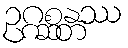
ဥဂ္ဂစ္ဆန္တဿ